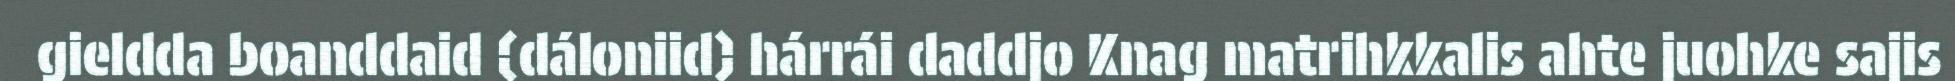
gieldda boanddaid (dáloniid) hárrái daddjo Knag matrihkkalis ahte juohke sajis